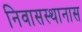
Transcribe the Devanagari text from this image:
निवासस्थानास